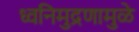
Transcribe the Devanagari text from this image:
ध्वनिमुद्रणामुळे